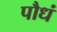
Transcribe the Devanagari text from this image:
पौधं